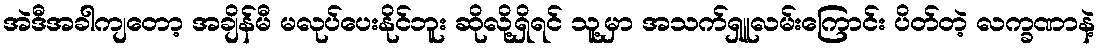
အဲဒီအခါကျတော့ အချိန်မီ မလုပ်ပေးနိုင်ဘူး ဆိုလို့ရှိရင် သူ့မှာ အသက်ရှူလမ်းကြောင်း ပိတ်တဲ့ လက္ခဏာနဲ့